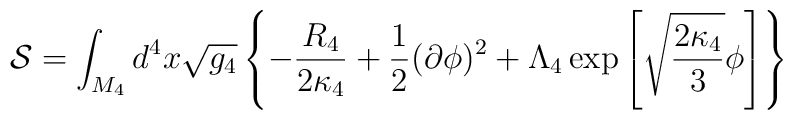
{\cal S}=\int_{M_{4}}d^{4}x\sqrt{g_{4}}\left\{  -\frac{R_{4}}{2\kappa_4}+\frac{1}{2}(\partial\phi)^{2}+\Lambda_4\exp\left[  \sqrt{\frac{2\kappa_4}{3}}\phi\right]\right\}